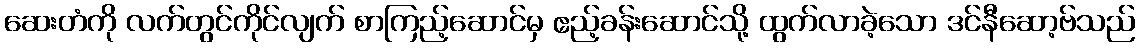
ဆေးတံကို လက်တွင်ကိုင်လျက် စာကြည့်ဆောင်မှ ဧည့်ခန်းဆောင်သို့ ထွက်လာခဲ့သော ဒင်နီဆော့ဗ်သည်